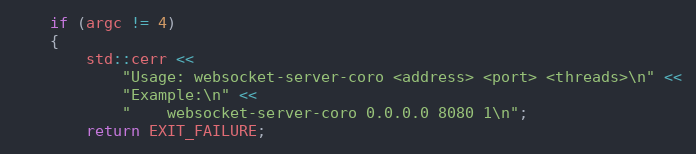
Language: C++
    if (argc != 4)
    {
        std::cerr <<
            "Usage: websocket-server-coro <address> <port> <threads>\n" <<
            "Example:\n" <<
            "    websocket-server-coro 0.0.0.0 8080 1\n";
        return EXIT_FAILURE;